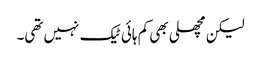
لیکن مچھلی بھی کم ہائی ٹیک نہیں تھی۔